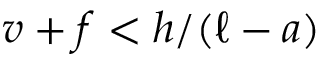
v + f < h / ( \ell - a )